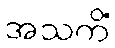
အသကိံ